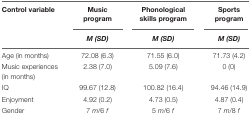
<table><thead><tr><td><b>Control variable</b></td><td><b>Music program</b></td><td><b>Phonological skills program</b></td><td><b>Sports program</b></td></tr><tr><td></td><td><b><i>M (SD)</i></b></td><td><b><i>M (SD)</i></b></td><td><b><i>M (SD)</i></b></td></tr></thead><tbody><tr><td>Age (in months)</td><td>72.08 (6.3)</td><td>71.55 (6.0)</td><td>71.73 (4.2)</td></tr><tr><td>Music experiences (in months)</td><td>2.38 (7.0)</td><td>5.09 (7.6)</td><td>0 (0)</td></tr><tr><td>IQ</td><td>99.67 (12.8)</td><td>100.82 (16.4)</td><td>94.46 (14.9)</td></tr><tr><td>Enjoyment</td><td>4.92 (0.2)</td><td>4.73 (0.5)</td><td>4.87 (0.4)</td></tr><tr><td>Gender</td><td>7 <i>m</i>/6 <i>f</i></td><td>5 <i>m</i>/6 <i>f</i></td><td>7 <i>m</i>/8 <i>f</i></td></tr></tbody></table>